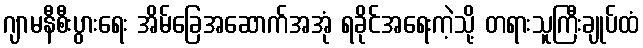
ဂျာမနီစီးပွားရေး အိမ်ခြေအဆောက်အအုံ ရခိုင်အရေးကဲ့သို့ တရားသူကြီးချုပ်ထံ